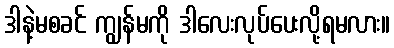
ဒါနဲ့မစခင် ကျွန်မကို ဒါလေးလုပ်ပေးလို့ရမလား။